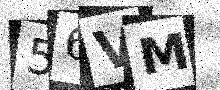
Text: 56VM